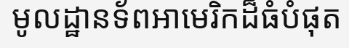
មូលដ្ឋានទ័ពអាមេរិកដ៏ធំបំផុត